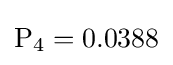
\mathrm {P} _{4}=0.0388